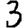
Digit: 3